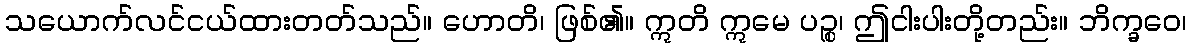
သယောက်လင်ငယ်ထားတတ်သည်။ ဟောတိ၊ ဖြစ်၏။ ဣတိ ဣမေ ပဉ္စ၊ ဤငါးပါးတို့တည်း။ ဘိက္ခဝေ၊